Indian Medical Review
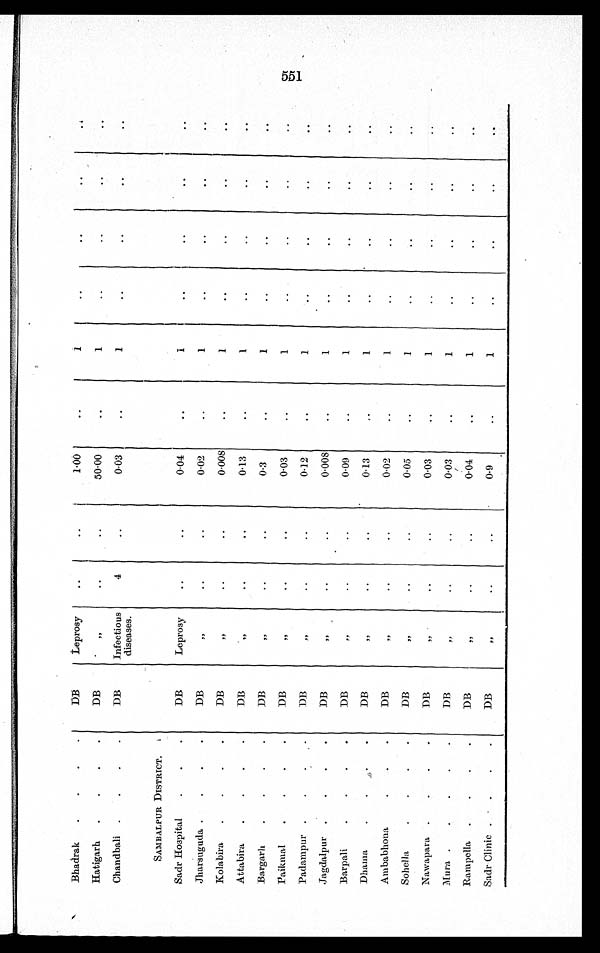
Bhadrak
DB
Leprosy
1.00
1
Hatigarh
DB
„
50.00
1
Chandball
DB
Infectious
diseases.
4
0.03
1
SAMBALPUR DISTRICT.
Sadr Hospital
DB
Leprosy
0.04
1
Jharsuguda
DB
„
0.02
1
Kolabira
DB
„
0.008
1
Attabira
D B
„
0 . 1 3
1
Bargarh
DB
„
0.3
1
Paikmal
DB
„
0.03
1
Padampur
DB
„
0.12
1
Jagdalpur
DB
„
0.008
1
Barpali
D B
„
0 . 0 9
1
Dhama
DB
„
0.13
1
Ambabhona
DB
„
0.02
1
Sohella
D B
„
0.05
1
Nawapara
D B
„
0.03
1
Mura
DB
„
0.03
1
Rampella
DB
„
0.04
1
Sadr Clinic
D B
„
0 . 9
1